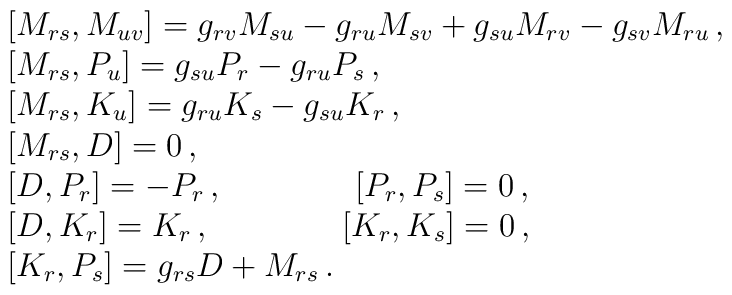
\begin{array}{l}[M_{rs}, M_{u v}]  = g_{rv} M_{su} - g_{ru} M_{sv} + g_{su} M_{rv} - g_{sv}M_{ru}\, ,\cr [M_{rs}, P_{u} ]  =g_{su}P_r-g_{ru}P_s\, , \cr[M_{rs}, K_{u} ]  =  g_{ru}K_s-g_{su}K_r\, ,\cr[M_{rs} , D] = 0 \, ,\cr[D, P_r ]  = - P_r\, , \qquad  \qquad [P_r, P_s ]  = 0 \, ,\cr[D, K_r ] =  K_r\, ,  \qquad \qquad [K_r, K_s ] = 0 \, ,\cr[K_r, P_s ] =   g_{rs} D + M_{rs} \, . \end{array}